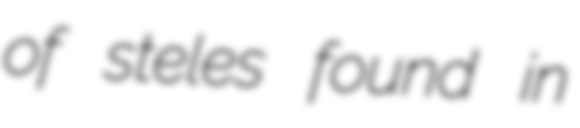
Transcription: of steles found in